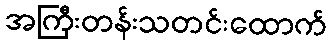
အကြီးတန်းသတင်းထောက်